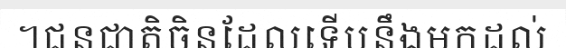
។ជនជាតិចិនដែលទើបនឹងមកដល់